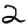
Digit: 2